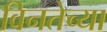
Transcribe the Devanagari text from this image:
विनतेच्या